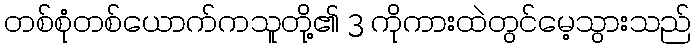
တစ်စုံတစ်ယောက်ကသူတို့၏ 3 ကိုကားထဲတွင်မေ့သွားသည်